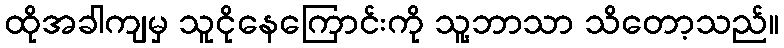
ထိုအခါကျမှ သူငိုနေကြောင်းကို သူ့ဘာသာ သိတော့သည်။